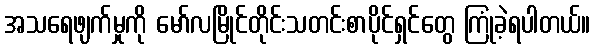
အသရေဖျက်မှုကို မော်လမြိုင်တိုင်းသတင်းစာပိုင်ရှင်တွေ ကြုံခဲ့ရပါတယ်။